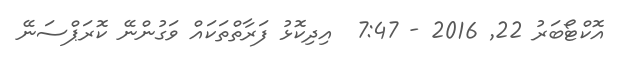
އޮކްޓޯބަރު 22